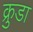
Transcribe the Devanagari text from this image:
क्रुडा